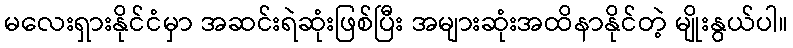
မလေးရှားနိုင်ငံမှာ အဆင်းရဲဆုံးဖြစ်ပြီး အများဆုံးအထိနာနိုင်တဲ့ မျိုးနွယ်ပါ။